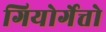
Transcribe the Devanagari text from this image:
गियोर्गेत्तो